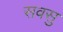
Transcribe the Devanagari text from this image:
सवसु